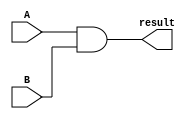
// Gabriel Coimbra - 3044
// Maria Dalila - 3030
// o modulo abaixo representa uma porta and, a qual  responsavel pela decisao de desvio
module mAnd
(
	input wire A, //sinal de controle que avalia se a instrucao atual  um branch
	input wire B, //valor da flag zero da ALU
	output reg result
);

	always @ (A, B) begin
		result = A & B;
	end

endmodule